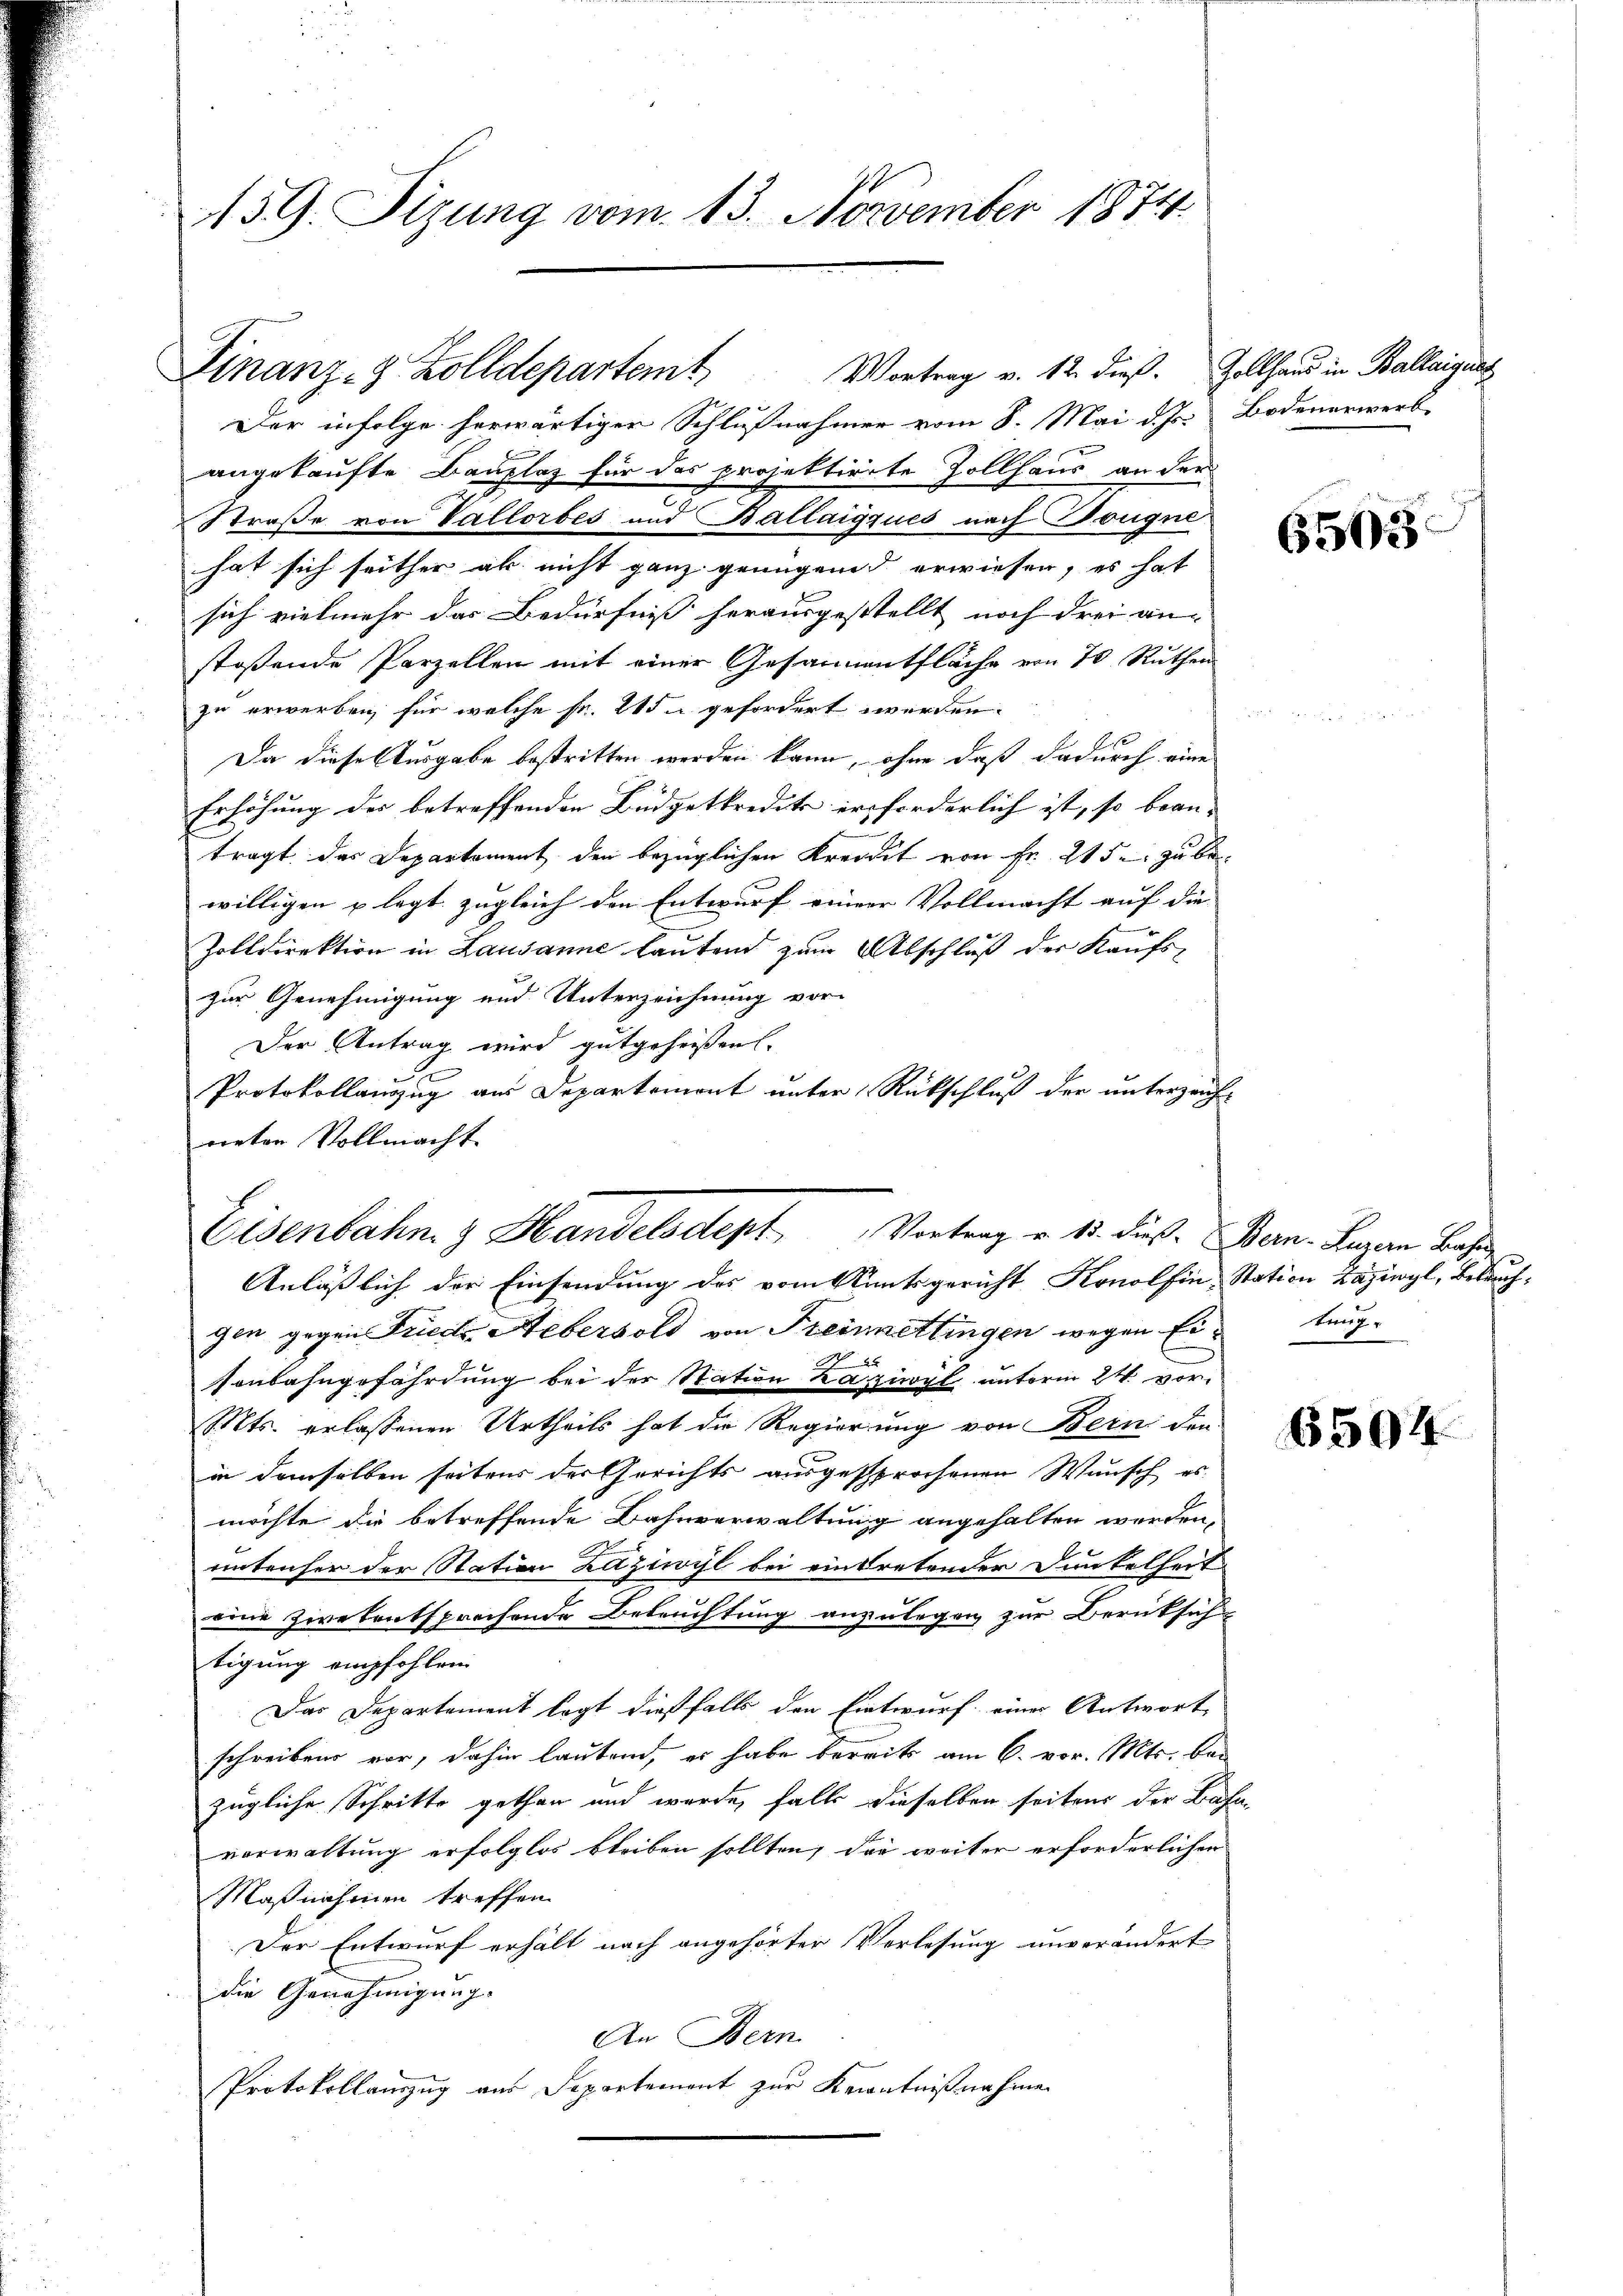
159. Sizung vom 13. November 1874

Vortrag v. 12. dieß. Zollhaus in Ballaigues
Der infolge herwärtiger Schlußnahmer vom 8. Mai d. Js. Bodenerwerb-
angekaufte Bauplaz für das projektirte Zollhaus an der
Straße von Vallorbes und Ballaigzues nach Bougne
hat sich seither als nicht ganz genügend erwiesen, es hat
sich vielmehr das Bedürfniss herausgestellt noch drei an-
stoßende Parzellen mit einer Gesammentfläche von 70 Ruthen
zu erwerben, für welche Fr. 25. gefordert werden.
Da diese Ausgabe bestritten werden kann, ohne daß dadurch eine
Erhöhung des betreffenden Büdgetkredit erforderlich ist, so bean-
tragt das Departement den bezüglichen Kredit von Fr. 215 zu bewilligen u legt zugleich den Entwurf einer Vollmacht auf die |
Zolldirektion in Lausanne lautend zum Abschluß der Kaufszur Genehmigung und Unterzeichnung vor-
Der Antrag wird gutgeheissen.
S
Protokollanzug aus Departement unter Rückschluß der unterzauf-
neter Vollmacht
Anläßlich der Einsendung des vom Kantsgericht Konolfin, Station Baziwyl, Betrachgen gegen Friede Aebersold von Freimettingen wegen Er taug¬
Vonbahngefährdung bei der Station agiwyl unterm 24. vor-
Mts. erlassenen Urtheils hat die Regierung von Bern, den
in demselben seitens der Gerichts ausgesprochenen Wunsch es
möchte die betreffende Bahnverwaltung angehalten werden,
untenser der Station Zaziwyl bei eintretender Dunkelheit
eine zivekentsprechende Beleuchtung anzulegen zur Berüksicht
tigung empfohlen
Das Departement legt dießfalls den Entwurf einer Antwort
schreiben vor, dahin lautend, er habe bereits am 6. vor. Mts. bei
zügliche Schritte gethan und wurde, falls dieselben seitens der Bahn-
vorwaltung erfolglos bleiben sollten, die weiter erforderlichen
Maßnahmen treffen.
Der Entwurf erhält nach angehörter Verlesung unverändert
die Genehmigung.
An Bern
Protokollauszug aus Departement zur Kenntnißnahme

Finanz- & Zolldepartemt

Eisenbahn & Handelsdept Vortrag u. 15. dieß. Bern. Luzern Bah

6502

6504